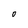
Character: O